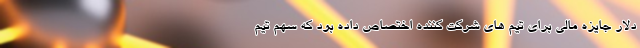
دلار جایزه مالی برای تیم های شرکت کننده اختصاص داده بود که سهم تیم